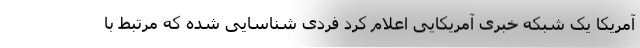
آمریکا یک شبکه خبری آمریکایی اعلام کرد فردی شناسایی شده که مرتبط با